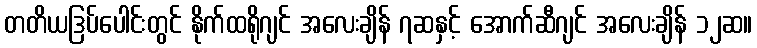
တတိယဒြပ်ပေါင်းတွင် နိုက်ထရိုဂျင် အလေးချိန် ၇ဆနှင့် အောက်ဆီဂျင် အလေးချိန် ၁၂ဆ။